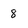
Character: 8